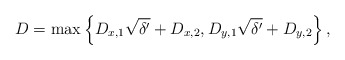
\begin{align*}D = \max\left\{ D_{x,1}\sqrt{\delta'}+D_{x,2}, D_{y,1}\sqrt{\delta'}+D_{y,2} \right\},\end{align*}